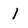
Character: l